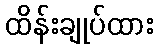
ထိန်းချုပ်ထား